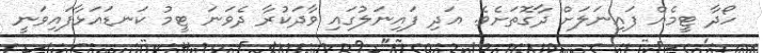
ހޯދާ ޓީމެއް ފައިނަލަށް ދާގޮތަށެވެ. އަދި ފައިނަލުގައި ވާދަކުރާ ދެވަނަ ޓީމު ކަނޑައަޅާފައިވަނީ